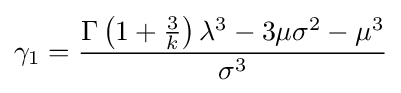
\gamma _{1}={\frac {\Gamma \left(1+{\frac {3}{k}}\right)\lambda ^{3}-3\mu \sigma ^{2}-\mu ^{3}}{\sigma ^{3}}}